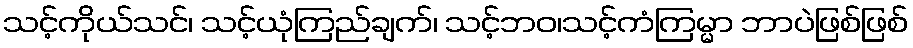
သင့်ကိုယ်သင်၊ သင့်ယုံကြည်ချက်၊ သင့်ဘဝ၊သင့်ကံကြမ္မာ ဘာပဲဖြစ်ဖြစ်